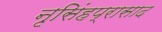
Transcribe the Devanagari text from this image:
नृसिंहप्रासाद